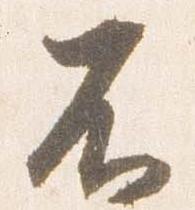
不